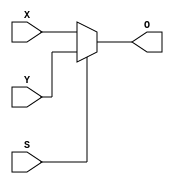
module Mux(X, Y, S, O);
  
  input [63:0] X;
  input [63:0] Y;
  input S;
  output [63:0] O;
  
  assign O = S ? Y : X;
endmodule